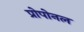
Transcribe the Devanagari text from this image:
प्रोपोनल